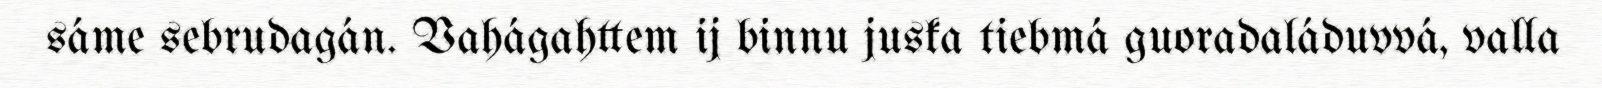
sáme sebrudagán. Vahágahttem ij binnu juska tiebmá guoradaláduvvá, valla